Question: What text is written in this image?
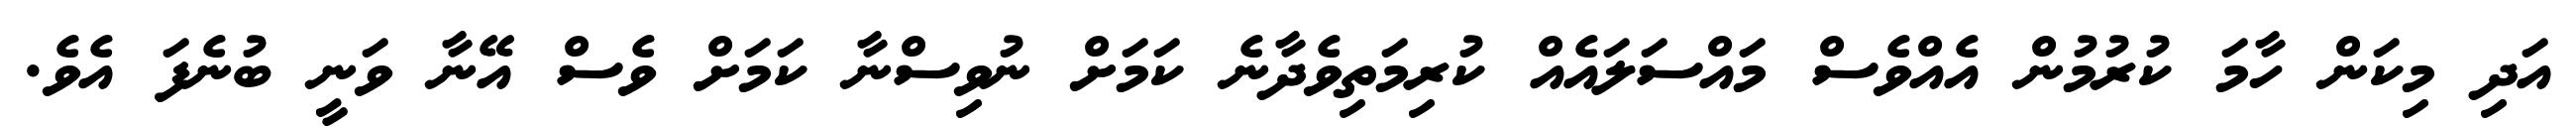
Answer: އަދި މިކަން ހާމަ ކުރުމުން އެއްވެސް މައްސަލައެއް ކުރިމަތިވެދާނެ ކަމަށް ނުވިސްނާ ކަމަށް ވެސް އޭނާ ވަނީ ބުނެފަ އެވެ.